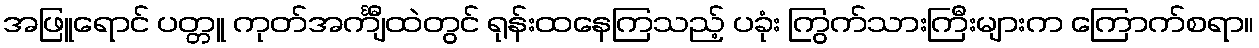
အဖြူရောင် ပတ္တူ ကုတ်အင်္ကျီထဲတွင် ရုန်းထနေကြသည့် ပခုံး ကြွက်သားကြီးများက ကြောက်စရာ။